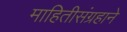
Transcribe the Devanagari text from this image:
माहितीसंग्रहाने